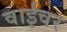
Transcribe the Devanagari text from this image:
वाईवर